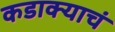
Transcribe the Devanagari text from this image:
कडाक्याचं